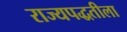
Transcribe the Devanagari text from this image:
राज्यपद्धतीला